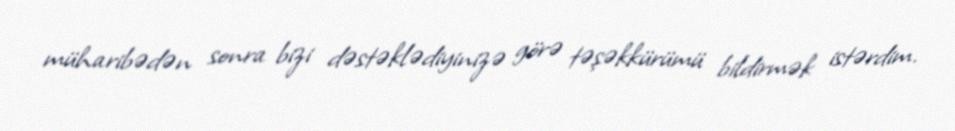
müharibədən sonra bizi dəstəklədiyinizə görə təşəkkürümü bildirmək istərdim.